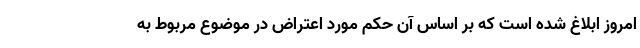
امروز ابلاغ شده است که بر اساس آن حکم مورد اعتراض در موضوع مربوط به